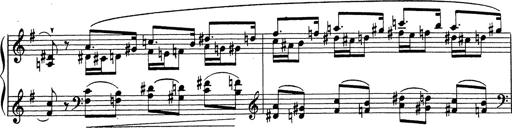
Title: Grosses Konzertsolo
Composer: Franz Liszt